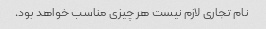
نام تجاری لازم نیست هر چیزی مناسب خواهد بود.